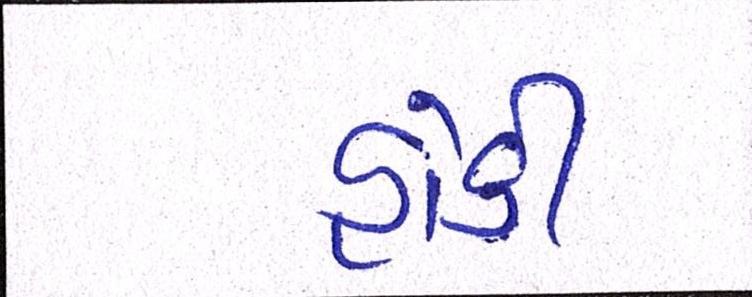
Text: હોકી